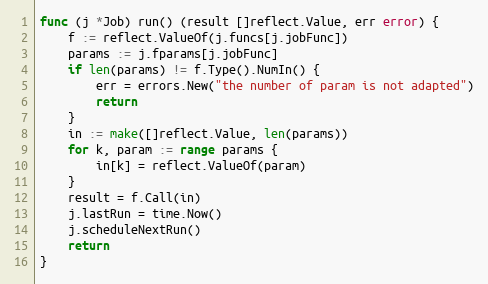
Language: Go
func (j *Job) run() (result []reflect.Value, err error) {
	f := reflect.ValueOf(j.funcs[j.jobFunc])
	params := j.fparams[j.jobFunc]
	if len(params) != f.Type().NumIn() {
		err = errors.New("the number of param is not adapted")
		return
	}
	in := make([]reflect.Value, len(params))
	for k, param := range params {
		in[k] = reflect.ValueOf(param)
	}
	result = f.Call(in)
	j.lastRun = time.Now()
	j.scheduleNextRun()
	return
}